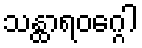
သန္ထာရဝဂ္ဂေါ